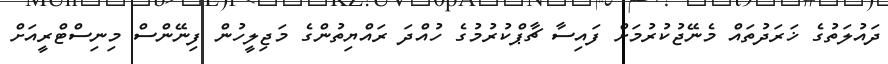
ދައުލަތުގެ ޚަރަދުތައް މެނޭޖުކުރުމަށް ފައިސާ ޗާޕްކުރުމުގެ ހުއްދަ ރައްޔިތުންގެ މަޖިލީހުން ފިނޭންސް މިނިސްޓްރީއަށް